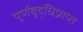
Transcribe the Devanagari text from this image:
पूर्णवृद्धिप्राप्त